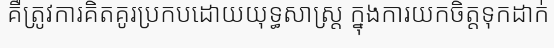
គឺត្រូវការគិតគូរប្រកបដោយយុទ្ធសាស្ត្រ ក្នុងការយកចិត្តទុកដាក់